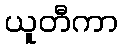
ယူတီကာ